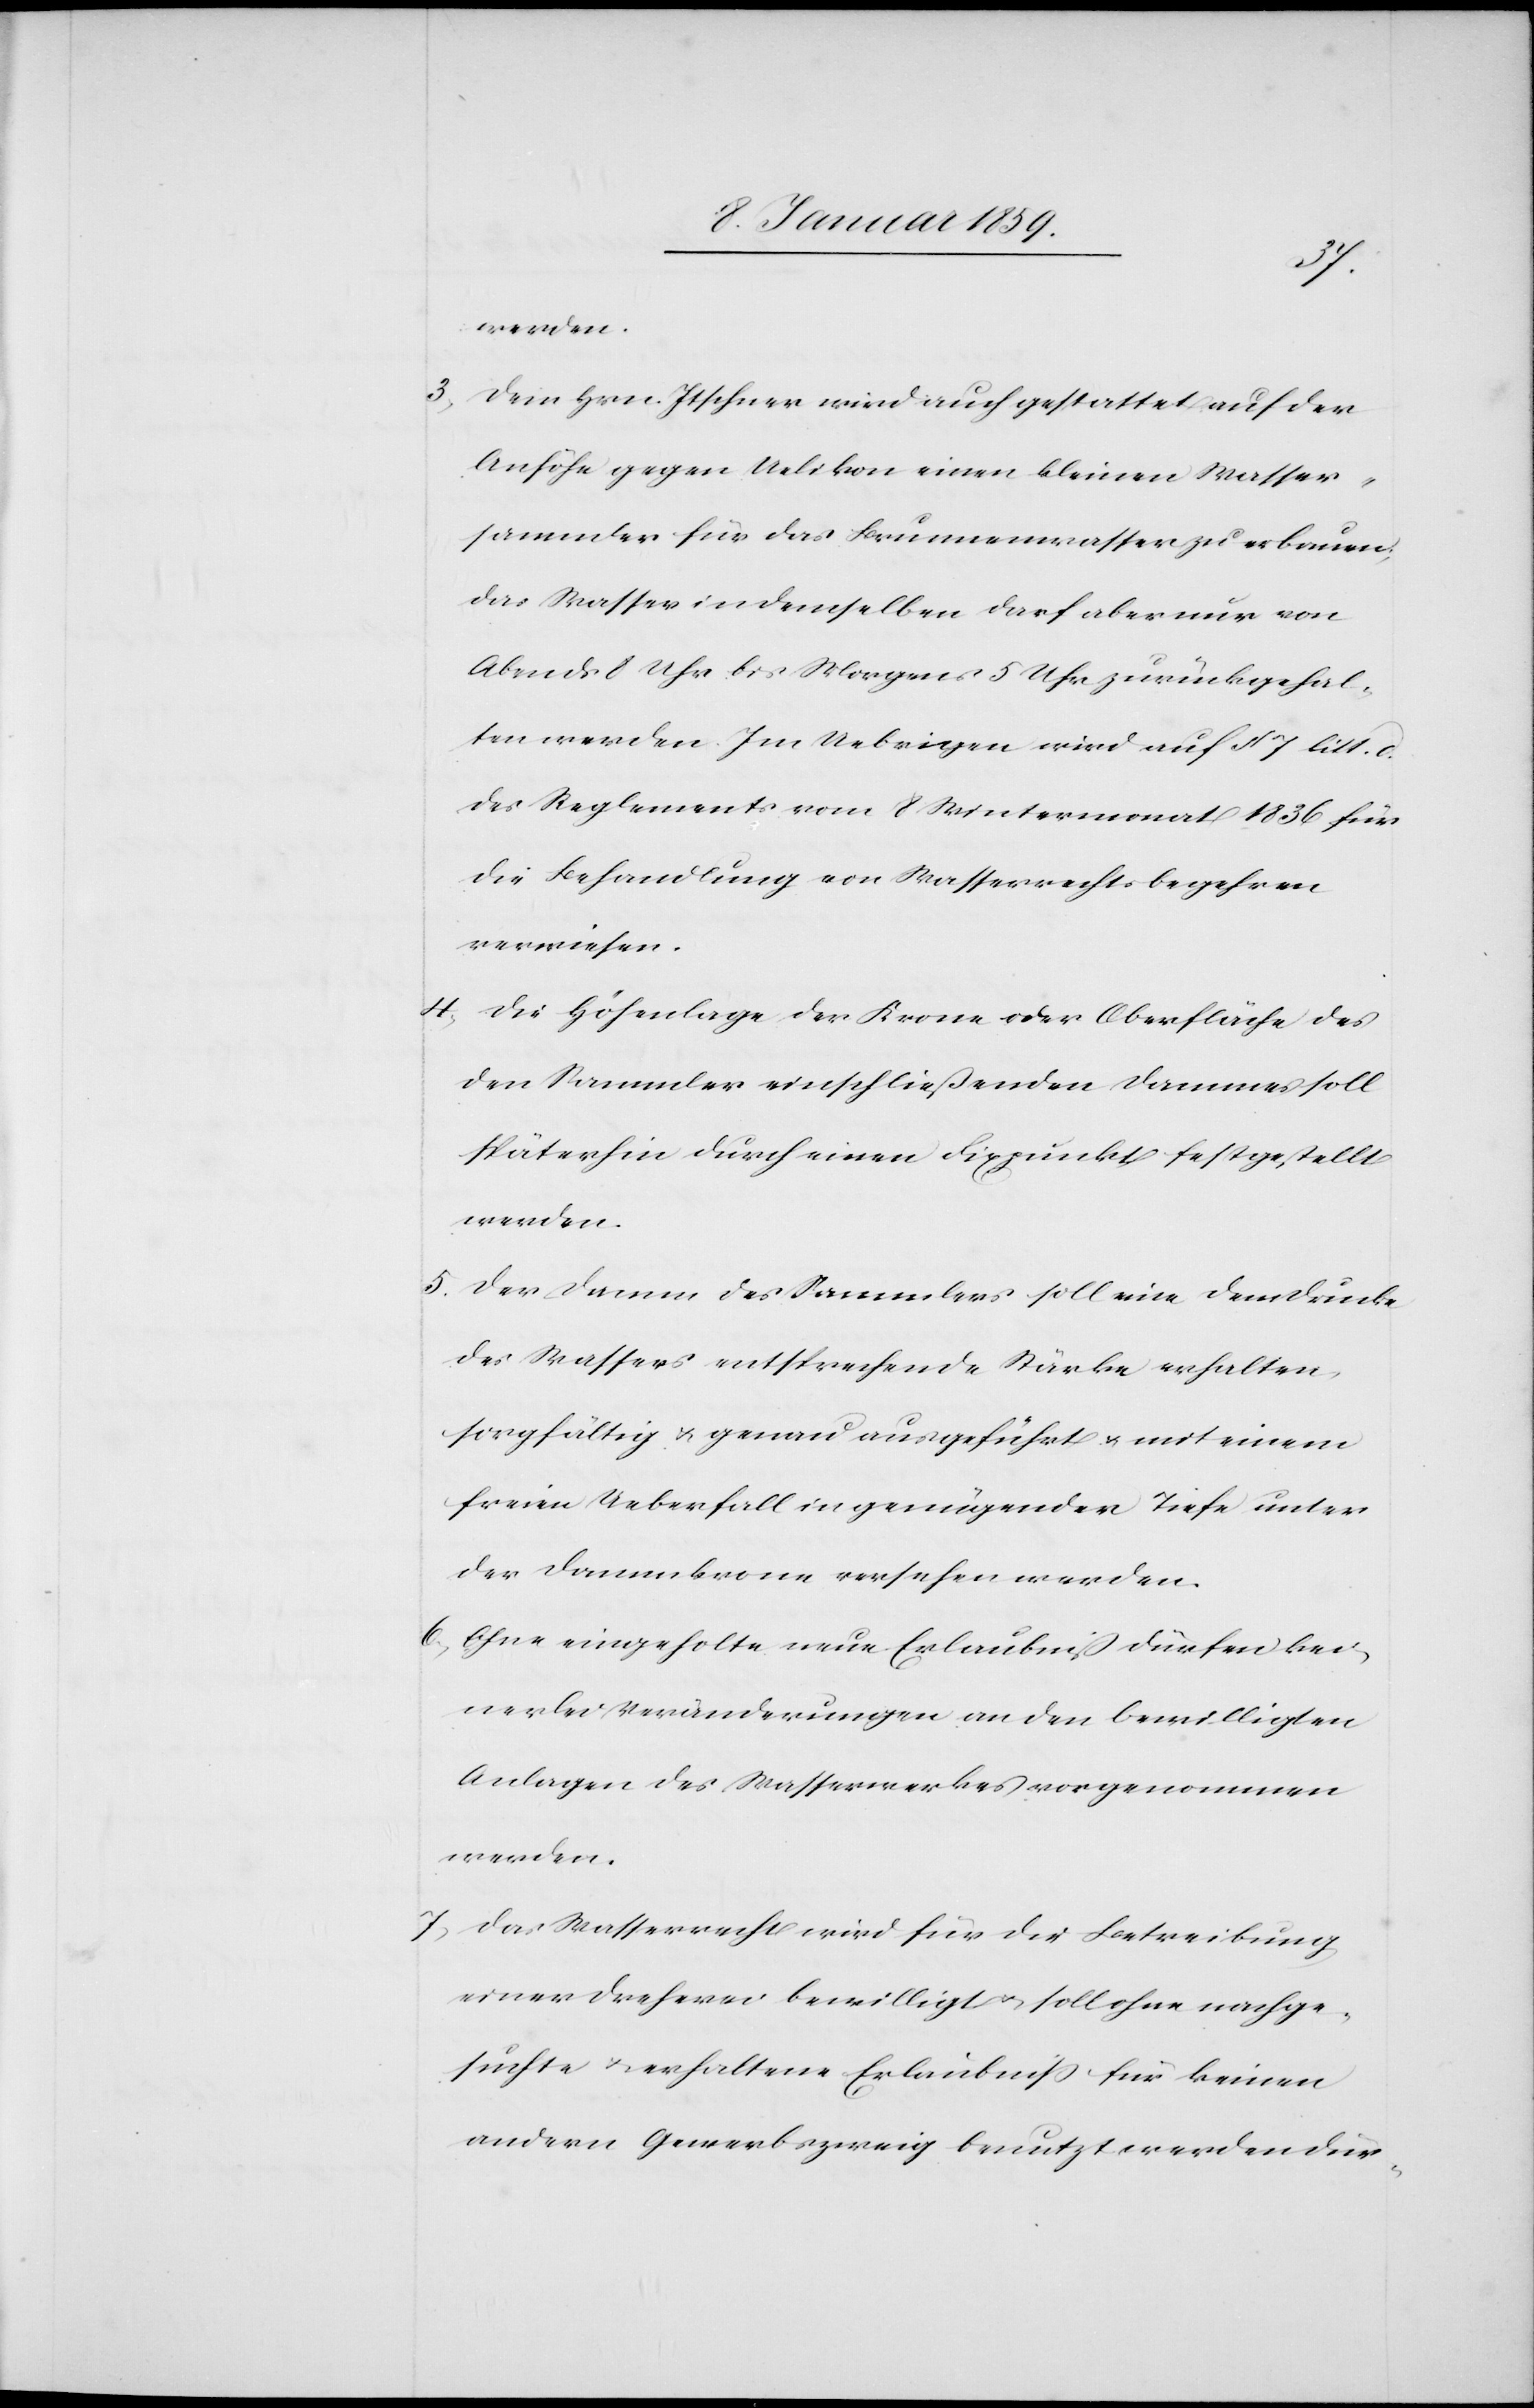
werden.
3. Dem Hrn. Itschner wird auch gestattet auf der
Anhöhe gegen Uelikon einen kleinen Wasser¬
sammler für das Brunnenwasser zu erbauen;
das Wasser in demselben darf aber nur von
Abends 8 Uhr bis Morgens 5 Uhr zurückgehal¬
ten werden. Im Uebrigen wird auf § 7 litt. c.
des Reglementes vom 8. Wintermonat 1836 für
die Behandlung von Wasserrechtsbegehren
verwiesen.
4. Die Höhenlage der Krone oder Oberfläche des
den Sammler einschließenden Dammes soll
späterhin durch einen Fixpunkt festgestellt
werden.
5. Der Damm des Sammlers soll eine dem Drucke
des Wassers entsprechende Stärke erhalten,
sorgfältig u. genau ausgeführt u. mit einem
freien Ueberfall in genügender Tiefe unter
der Dammkrone versehen werden.
6. Ohne eingeholte neue Erlaubniß dürfen kei¬
nerlei Veränderungen an den bewilligten
Anlagen des Wasserwerkes vorgenommen
werden.
7. Das Wasserrecht wird für die Betreibung
einer Dreherei bewilligt u. soll ohne nachge¬
suchte u. erhaltene Erlaubniß für keinen
andern Gewerbszweig benutzt werden dür-